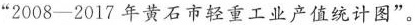
”2008-2017年黄石市轻重工业产值统计图”。